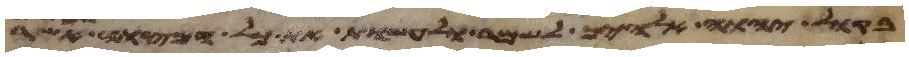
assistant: בקול יהוה אלהיך לשמר לעשות את כל מצותיו אשר